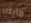
مايك